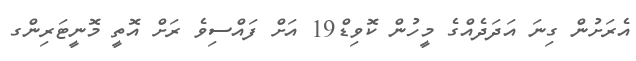
އެރަށުން ގިނަ އަދަދެއްގެ މީހުން ކޮވިޑް19 އަށް ފައްސިވެ ރަށް އޮތީ މޮނީޓަރިންގ